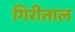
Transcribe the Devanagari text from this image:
गिरीताल